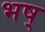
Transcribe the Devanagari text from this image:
भष्